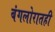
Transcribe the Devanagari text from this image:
बंगलोरातही